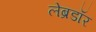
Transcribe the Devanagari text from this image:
लेब्रडॉर